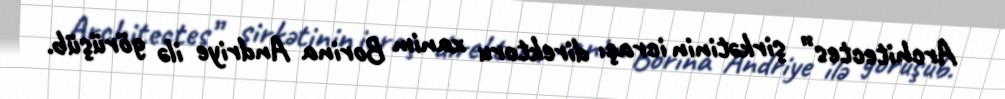
Architectes” şirkətinin icraçı direktoru xanim Borina Andriye ilə görüşüb.